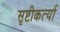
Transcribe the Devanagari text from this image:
सृष्टीकर्त्या